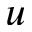
u